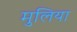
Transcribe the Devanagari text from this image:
मुलिया